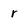
Character: r